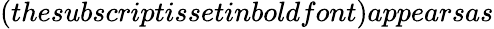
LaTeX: (thesubscriptissetinboldfont)appearsas